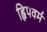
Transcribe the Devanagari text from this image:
ह्विपवर्म